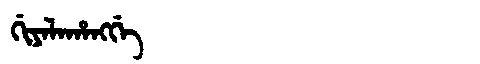
Manchu: ᡤᡳᠶᠠᠯᠠᡥᠠᠩᡤᡝ
Romanization: GIYALAHANGGE